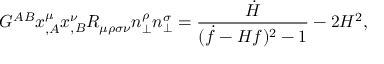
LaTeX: G ^ { A B } x _ { , A } ^ { \mu } x _ { , B } ^ { \nu } R _ { \mu \rho \sigma \nu } n _ { \perp } ^ { \rho } n _ { \perp } ^ { \sigma } = \frac { \dot { H } } { ( \dot { f } - H f ) ^ { 2 } - 1 } - 2 H ^ { 2 } ,